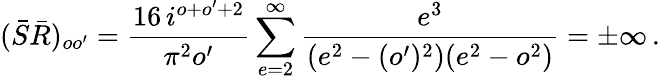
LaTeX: (\bar{S}\bar{R})_{oo^{\prime}}={\frac{16\, i^{o+o^{\prime}+2}}{\pi^{2}o^{\prime}}}\sum_{e=2}^{\infty}{\frac{e^{3}}{(e^{2}-(o^{\prime})^{2})(e^{2}-o^{2})}}=\pm\infty\, .